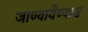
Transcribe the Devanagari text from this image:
जाण्यायेण्यास